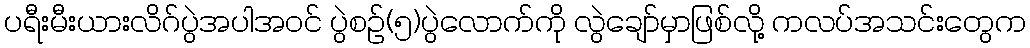
ပရီးမီးယားလိဂ်ပွဲအပါအဝင် ပွဲစဉ်(၅)ပွဲလောက်ကို လွဲချော်မှာဖြစ်လို့ ကလပ်အသင်းတွေက